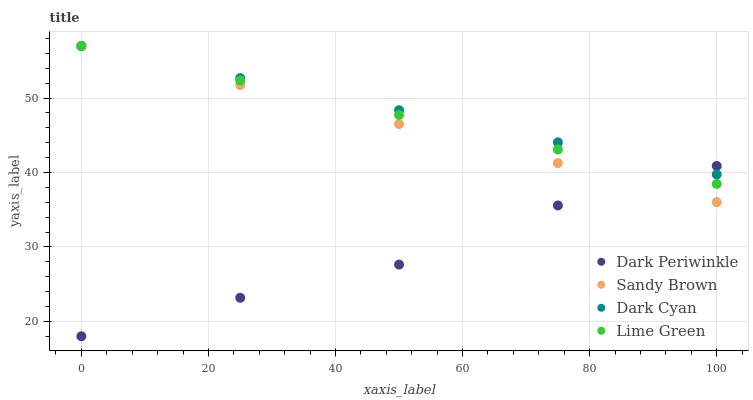
| xaxis_label | Dark Periwinkle | Sandy Brown | Dark Cyan | Lime Green |
 | --- | --- | --- | --- | --- |
 | 0 | 18 | 57 | 57 | 57 |
 | 25 | 23.2 | 51.8 | 52.7 | 52.4 |
 | 50 | 27.6 | 46.5 | 48.4 | 47.7 |
 | 75 | 35.6 | 41.3 | 44.1 | 43.1 |
 | 100 | 40.9 | 36 | 39.7 | 38.5 |